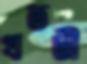
খতটী